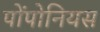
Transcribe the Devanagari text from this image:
पोंपोनियस